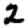
Digit: 2